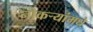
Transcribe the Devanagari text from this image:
नोकर्‍यांमधे